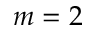
m = 2